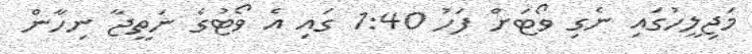
މަޖިލީހުގައި ނެގި ވޯޓަށް ފަހު 1:40 ގައި އެ ވޯޓުގެ ނަތީޖާ ނިހާން